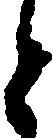
と